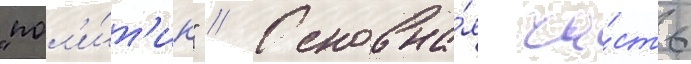
"пол'и́т'ик" // Основна́я ча́сть